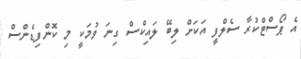
އެ ޕޯސްޓްކުރާ ސެލްފީ އަކަށް ލިބޭ ލައިކްސް ގިނަ ވުމަކީ މި ކޮންފިޑެންސް